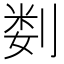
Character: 𫦉